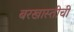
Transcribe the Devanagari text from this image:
बरखास्तीची